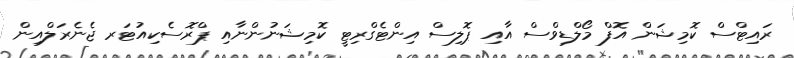
ރައިޓްސް ކޮމިޝަން އޮފް މޯލްޑިވްސް އާއި ޕޮލިސް އިންޓެގްރިޓީ ކޮމިޝަނުންނާއި ޕްރޮސެކިއުޓަރ ޖެނެރަލްއިން